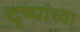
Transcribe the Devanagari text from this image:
दृष्यांच्या